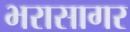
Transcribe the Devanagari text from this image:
भरासागर